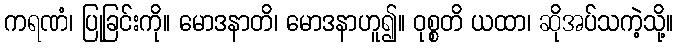
ကရဏံ၊ ပြုခြင်းကို။ မောဒနာတိ၊ မောဒနာဟူ၍။ ဝုစ္စတိ ယထာ၊ ဆိုအပ်သကဲ့သို့။